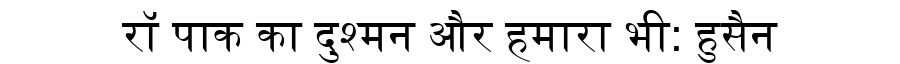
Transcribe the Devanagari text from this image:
रॉ पाक का दुश्मन और हमारा भी: हुसैन